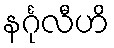
နင်္ဂုလီဟိ